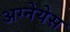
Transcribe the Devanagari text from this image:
अग्नेयेस